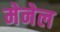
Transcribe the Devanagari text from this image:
मेनेल